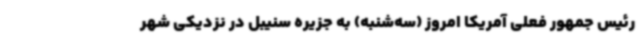
رئیس جمهور فعلی آمریکا امروز (سه‌شنبه) به جزیره سنیبل در نزدیکی شهر